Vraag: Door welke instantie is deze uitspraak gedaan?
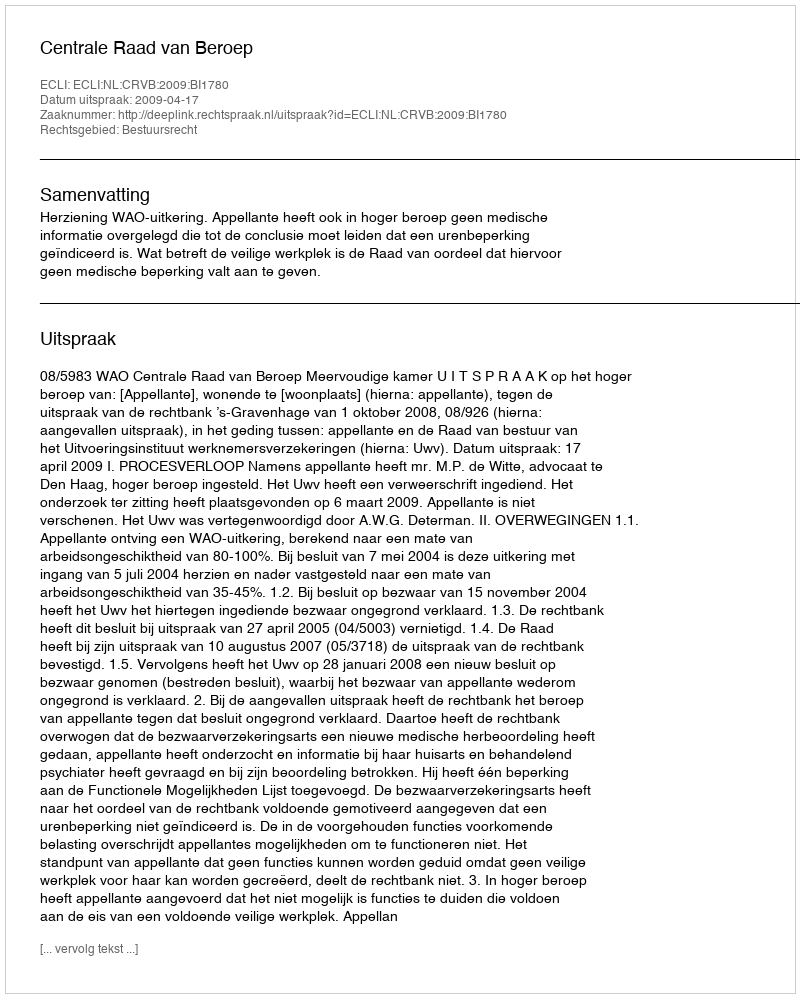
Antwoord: Centrale Raad van Beroep